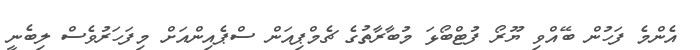
އެންމެ ފަހުން ބޭއްވި ޔޫރޯ ފުޓްބޯޅަ މުބާރާތުގެ ޗެމްޕިއަން ސްޕެއިންއަށް މިފަހަރުވެސް ލިބެނީ